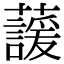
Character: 蘐